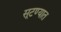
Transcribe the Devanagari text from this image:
सूटण्यात